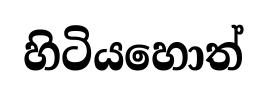
හිටියහොත්